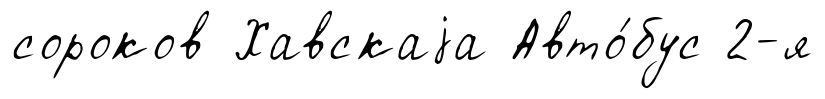
сороков Хавскаjа Авто́бус 2-я